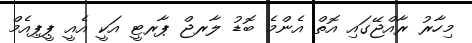
މިހާރު ރާއްޖޭގައި އޮތް އެންމެ ބޮޑު ލާރޖް ޕާރޓީ އަކީ އެއީ ޕީޕިއެމް